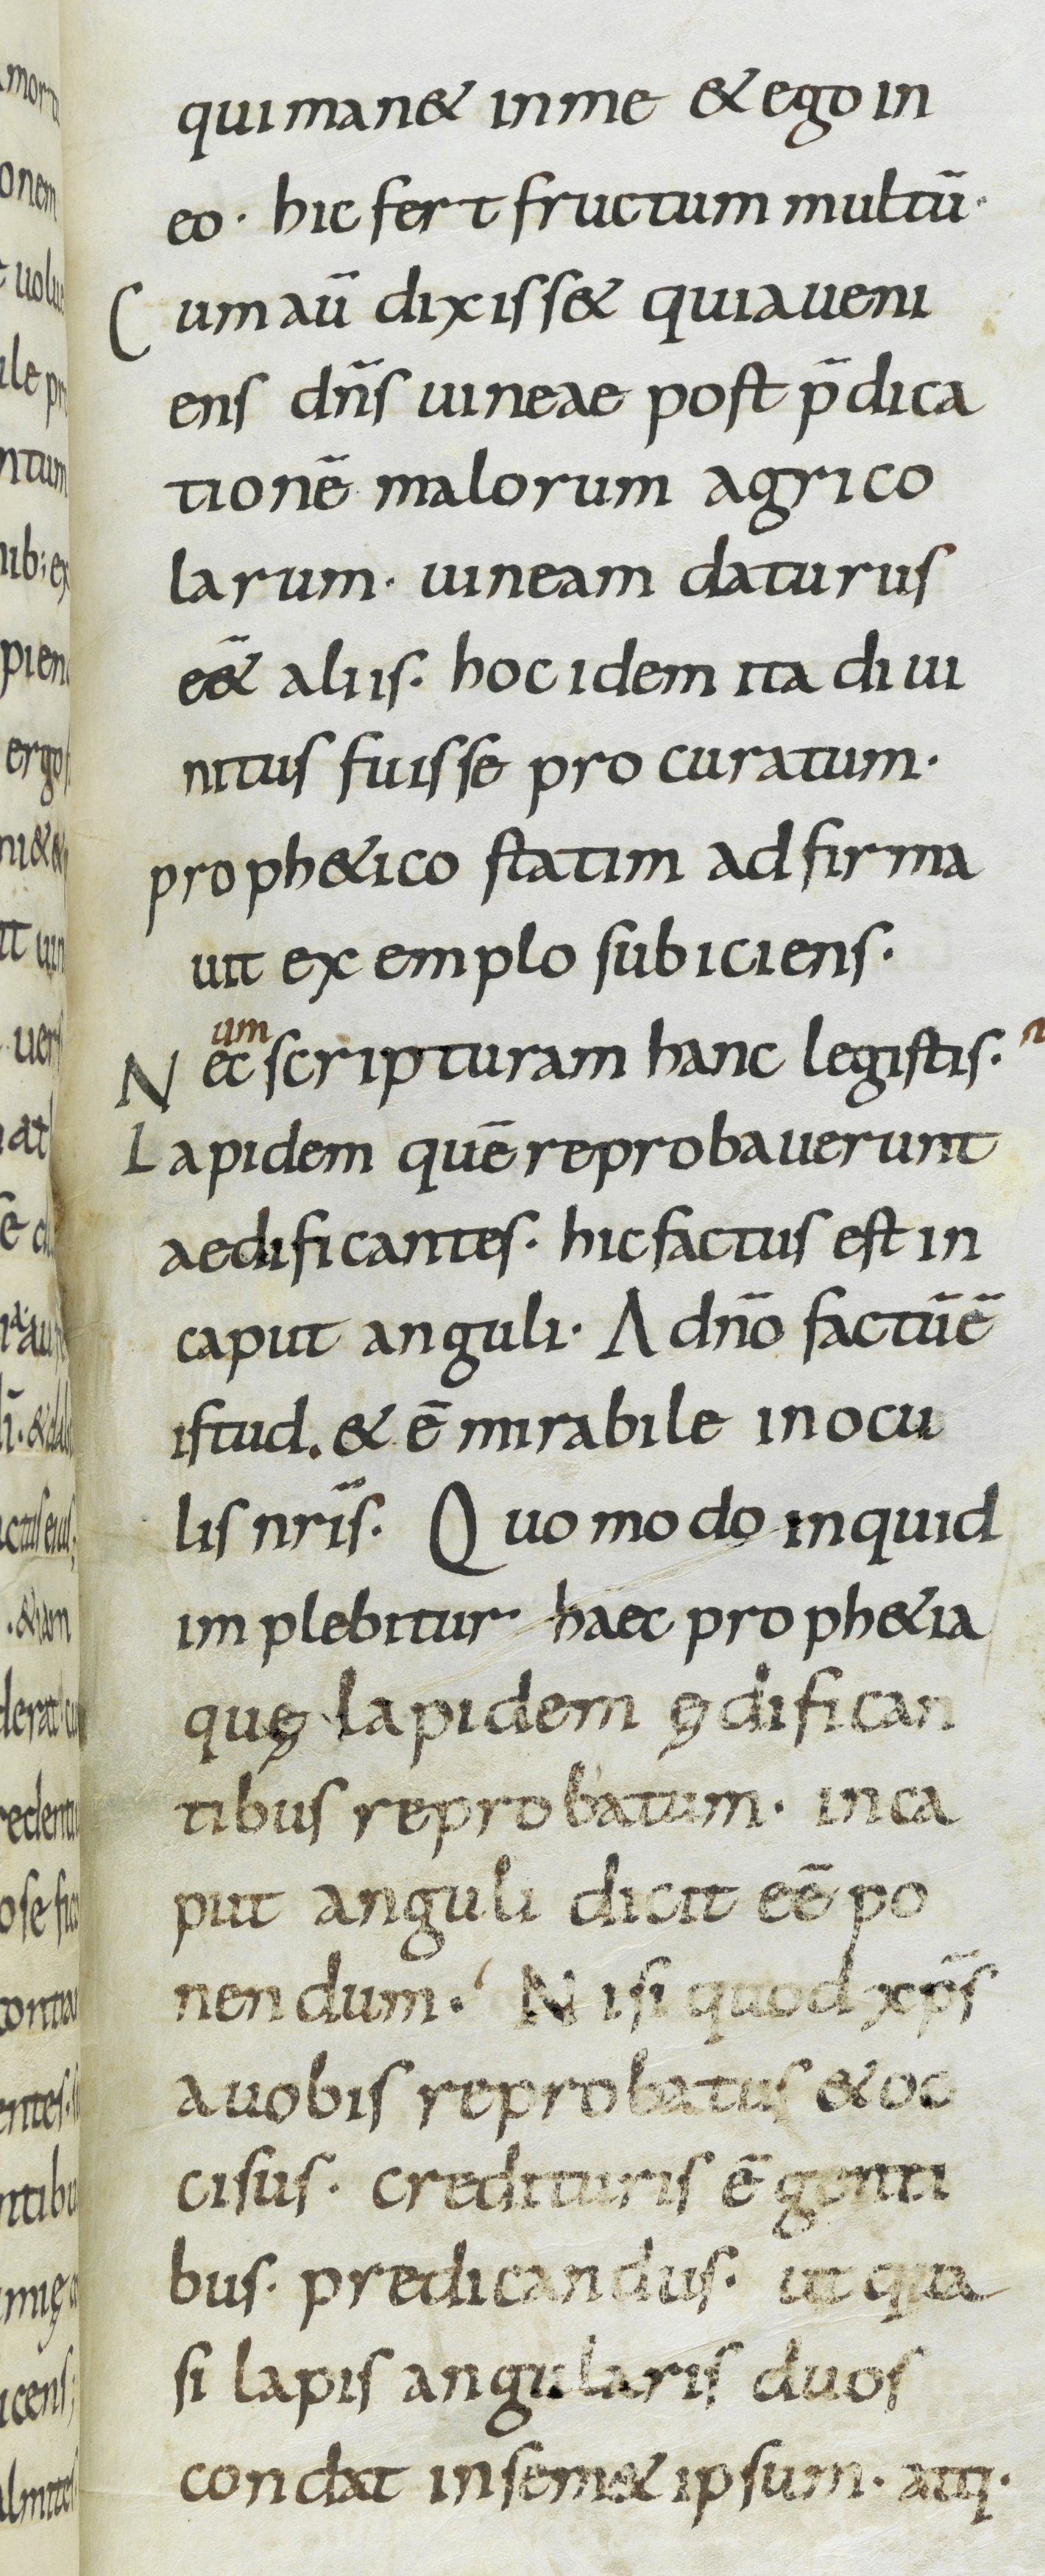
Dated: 800–899